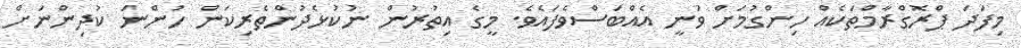
މިފަދަ ޕްރޮގްރާމްތަކެއް ހިންގުމަށް ވަނީ އެއްބަސްވެފައެވެ. މީގެ އިތުރުން ނުކުޅެދުންތެރިކަން ހުންނަ ކުދިންނަށް